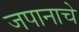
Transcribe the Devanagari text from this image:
जपानाचे